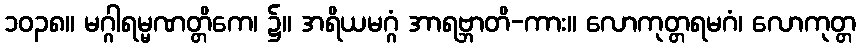
၁၀၃၈။ မဂ္ဂါရမ္မဏတ္တိကေ၊ ၌။ အရိယမဂ္ဂံ အာရဗ္ဘာတိ-ကား။ လောကုတ္တရမဂံ၊ လောကုတ္တ